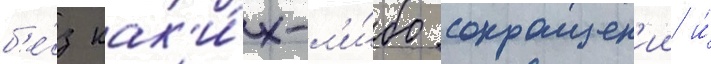
б'е́з как'и́х-л'и́бо сокращен'ии и́